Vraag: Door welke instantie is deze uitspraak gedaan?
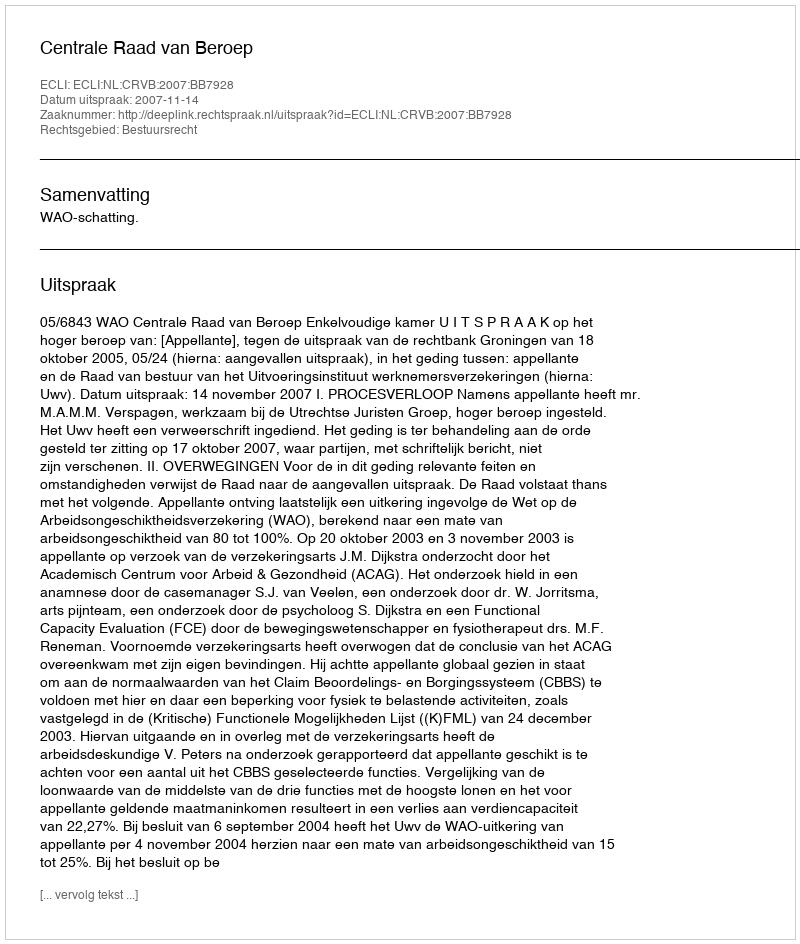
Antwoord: Centrale Raad van Beroep